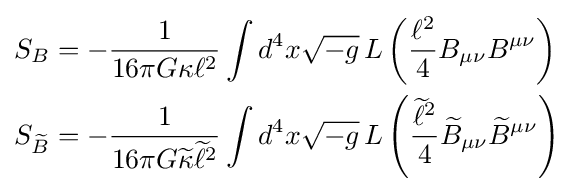
{\begin{aligned}S_{B}&=-{\frac {1}{16\pi G\kappa \ell ^{2}}}\int d^{4}x{\sqrt {-g}}\,L\left({\frac {\ell ^{2}}{4}}B_{\mu \nu }B^{\mu \nu }\right)\\S_{\widetilde {B}}&=-{\frac {1}{16\pi G{\widetilde {\kappa }}{\widetilde {\ell }}^{2}}}\int d^{4}x{\sqrt {-g}}\,L\left({\frac {{\widetilde {\ell }}^{2}}{4}}{\widetilde {B}}_{\mu \nu }{\widetilde {B}}^{\mu \nu }\right)\end{aligned}}